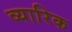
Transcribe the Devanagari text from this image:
व्यारिक